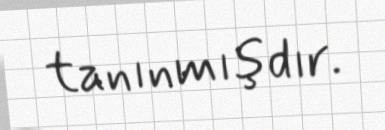
tanınmışdır.